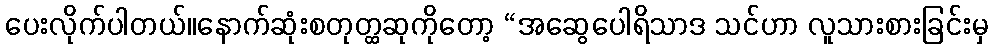
ပေးလိုက်ပါတယ်။နောက်ဆုံးစတုတ္ထဆုကိုတော့ “အဆွေပေါရိသာဒ သင်ဟာ လူသားစားခြင်းမှ